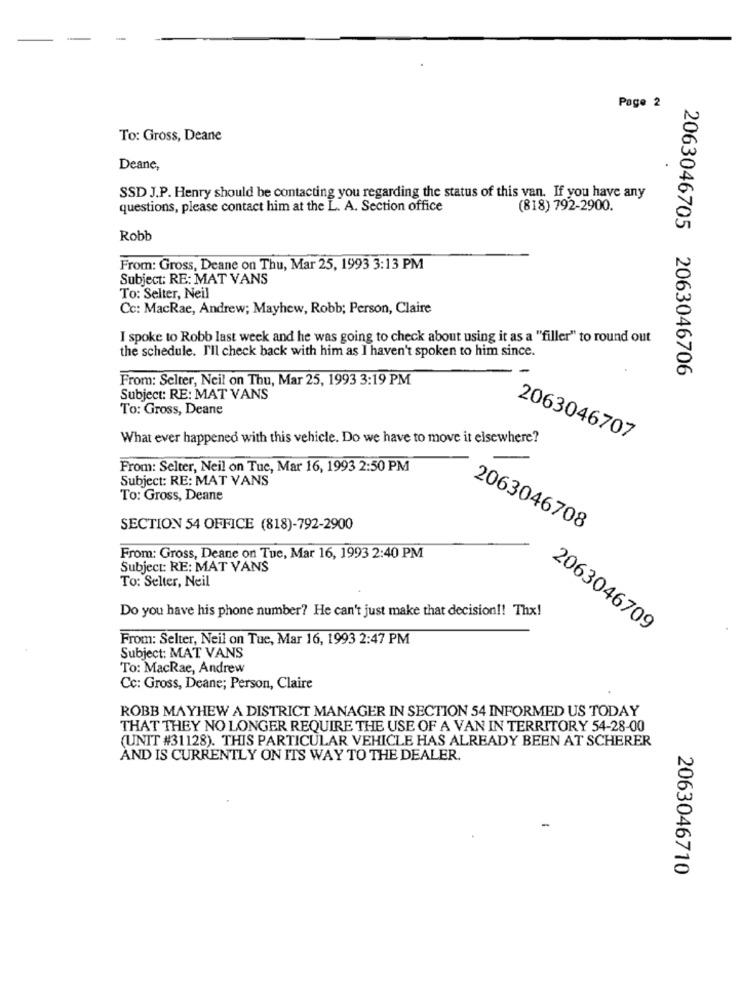
Page 2
To: Gross, Deane
Deane,
SSD J.P. Henry should be contacting you regarding the status of this van. If you have any
questions, please contact him at the L. A. Section office
(818) 792-2900.
Robb
From: Gross, Deane on Thu, Mar 25, 1993 3:13 PM
Subject: RE: MAT VANS
To: Selter, Neil
Cc: MacRae, Andrew; Mayhew, Robb; Person, Claire
I spoke to Robb last week and he was going to check about using it as a "filler" to round out
the schedule. I'll check back with him as I haven't spoken to him since.
2063046705 2063046706
From: Selter, Ncil on Thu, Mar 25, 1993 3:19 PM
Subject: RE: MAT VANS
To: Gross, Deane
What ever happened with this vehicle. Do we have to move it elsewhere?
2063046707
From: Selter, Neil on Tue, Mar 16, 1993 2:50 PM
Subject: RE: MAT VANS
To: Gross, Deane
SECTION 54 OFFICE (818)-792-2900
2063046708
From: Gross, Deane on Tue, Mar 16, 1993 2:40 PM
Subject: RE: MAT VANS
To: Selter, Neil
Do you have his phone number? He can't just make that decision !! Thx!
From: Selter, Neil on Tue, Mar 16, 1993 2:47 PM
2063046709
Subject: MAT VANS
To: MacRae, Andrew
Cc: Gross, Deane; Person, Claire
ROBB MAYHEW A DISTRICT MANAGER IN SECTION 54 INFORMED US TODAY
THAT THEY NO LONGER REQUIRE THE USE OF A VAN IN TERRITORY 54-28-00
(UNIT #31128). THIS PARTICULAR VEHICLE HAS ALREADY BEEN AT SCHERER
AND IS CURRENTLY ON ITS WAY TO THE DEALER.
2063046710